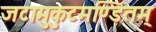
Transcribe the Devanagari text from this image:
जटामुकुटमण्डितम्‌